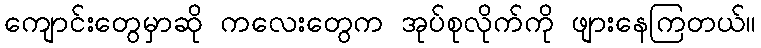
ကျောင်းတွေမှာဆို ကလေးတွေက အုပ်စုလိုက်ကို ဖျားနေကြတယ်။